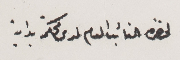
لحضرة النائب العام لدى محكمة بداية